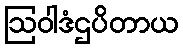
ဩဝါဒံဌပိတာယ